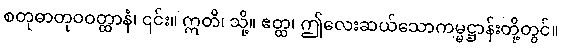
စတုဓာတုဝဝတ္ထာနံ၊ ၎င်း။ ဣတိ၊ သို့။ ဧတ္ထ၊ ဤလေးဆယ်သောကမ္မဋ္ဌာန်းတို့တွင်။